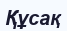
Құсақ